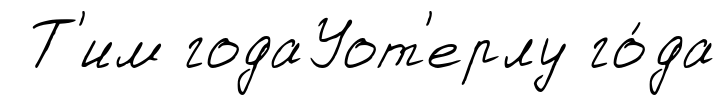
Т'им годаУот'ерлу го́да